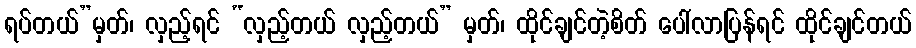
ရပ်တယ်”မှတ်၊ လှည့်ရင် “လှည့်တယ် လှည့်တယ်” မှတ်၊ ထိုင်ချင်တဲ့စိတ် ပေါ်လာပြန်ရင် ထိုင်ချင်တယ်